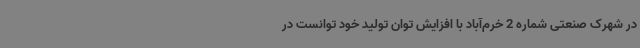
در شهرک صنعتی شماره 2 خرم‌آباد با افزایش توان تولید خود توانست در